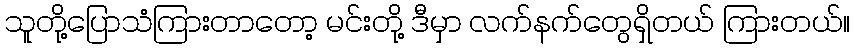
သူတို့ပြောသံကြားတာတော့ မင်းတို့ ဒီမှာ လက်နက်တွေရှိတယ် ကြားတယ်။